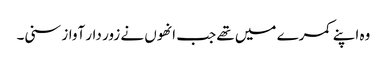
وہ اپنے کمرے میں تھے جب انھوں نے زور دار آواز سنی۔